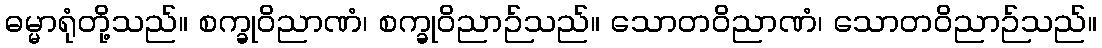
ဓမ္မာရုံတို့သည်။ စက္ခုဝိညာဏံ၊ စက္ခုဝိညာဉ်သည်။ သောတဝိညာဏံ၊ သောတဝိညာဉ်သည်။